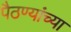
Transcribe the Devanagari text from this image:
पैठण्यांच्या